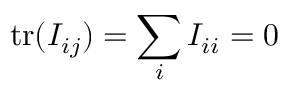
\mathrm { t r } ( I _ { i j } ) = \sum _ { i } I _ { i i } = 0